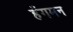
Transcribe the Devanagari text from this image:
हँगमन